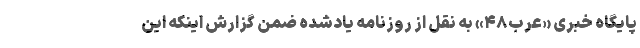
پایگاه خبری «عرب۴۸» به نقل از روزنامه یادشده ضمن گزارش اینکه این